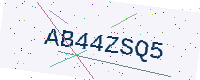
Text: AB44ZSQ5